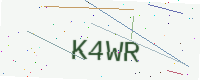
Text: K4WR